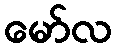
မော်လ